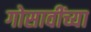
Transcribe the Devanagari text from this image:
गोसावींच्या